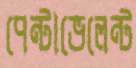
পেন্টাভেলেন্ট